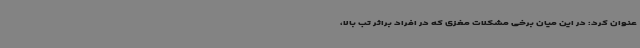
عنوان کرد: در این میان برخی مشکلات مغزی که در افراد براثر تب بالا،